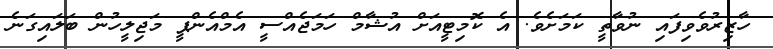
ހާޒިރުވެވިފައި ނުވާތީ ކަމަށެވެ. އެ ކޮމިޓީއަށް އުޝާމް ހަމަޖެއްސީ އެމްއެންޕީ މަޖިލީހުން ބަލައިގަނެ